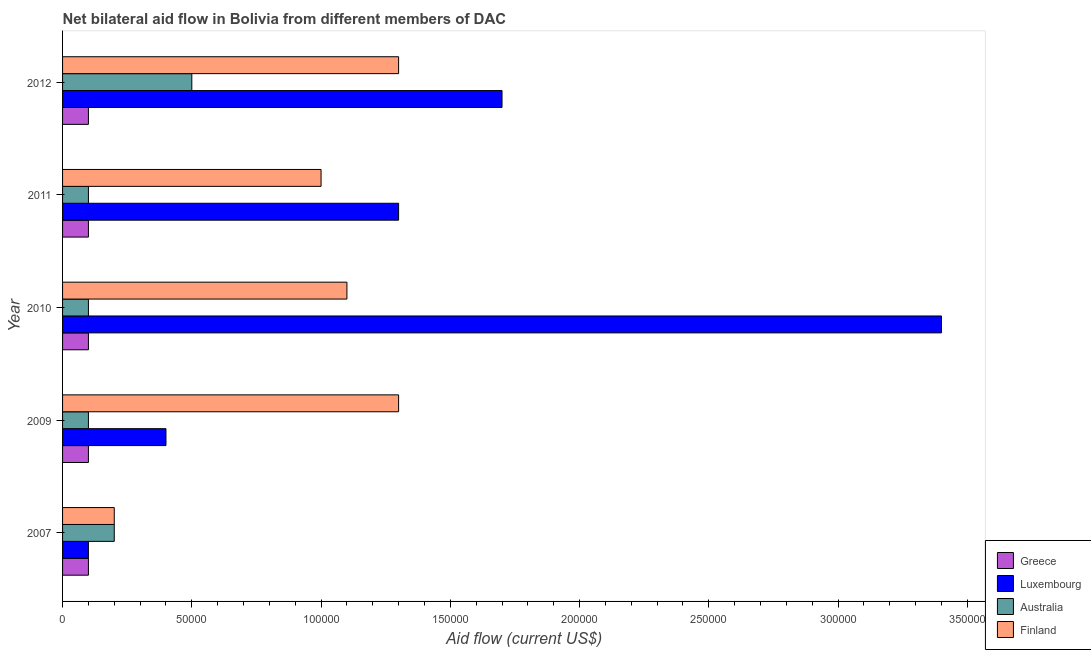
| Year | Greece | Luxembourg | Australia | Finland |
 | --- | --- | --- | --- | --- |
 | 2007 | 1e+04 | 1e+04 | 2e+04 | 2e+04 |
 | 2009 | 1e+04 | 4e+04 | 1e+04 | 1.3e+05 |
 | 2010 | 1e+04 | 3.4e+05 | 1e+04 | 1.1e+05 |
 | 2011 | 1e+04 | 1.3e+05 | 1e+04 | 1e+05 |
 | 2012 | 1e+04 | 1.7e+05 | 5e+04 | 1.3e+05 |